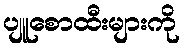
ပျူစောထီးများကို